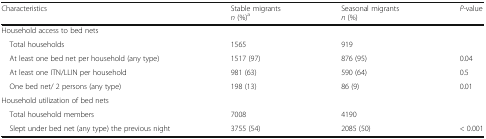
<table><thead><tr><td><b>Characteristics</b></td><td><b>Stable migrants<i>n</i> (%)<sup>a</sup></b></td><td><b>Seasonal migrants<i>n</i> (%)</b></td><td><b><i>P-</i>value</b></td></tr></thead><tbody><tr><td colspan="4">Household access to bed nets</td></tr><tr><td> Total households</td><td>1565</td><td>919</td><td></td></tr><tr><td> At least one bed net per household (any type)</td><td>1517 (97)</td><td>876 (95)</td><td>0.04</td></tr><tr><td> At least one ITN/LLIN per household</td><td>981 (63)</td><td>590 (64)</td><td>0.5</td></tr><tr><td> One bed net/ 2 persons (any type)</td><td>198 (13)</td><td>86 (9)</td><td>0.01</td></tr><tr><td colspan="4">Household utilization of bed nets</td></tr><tr><td> Total household members</td><td>7008</td><td>4190</td><td></td></tr><tr><td> Slept under bed net (any type) the previous night</td><td>3755 (54)</td><td>2085 (50)</td><td>&lt; 0.001</td></tr></tbody></table>